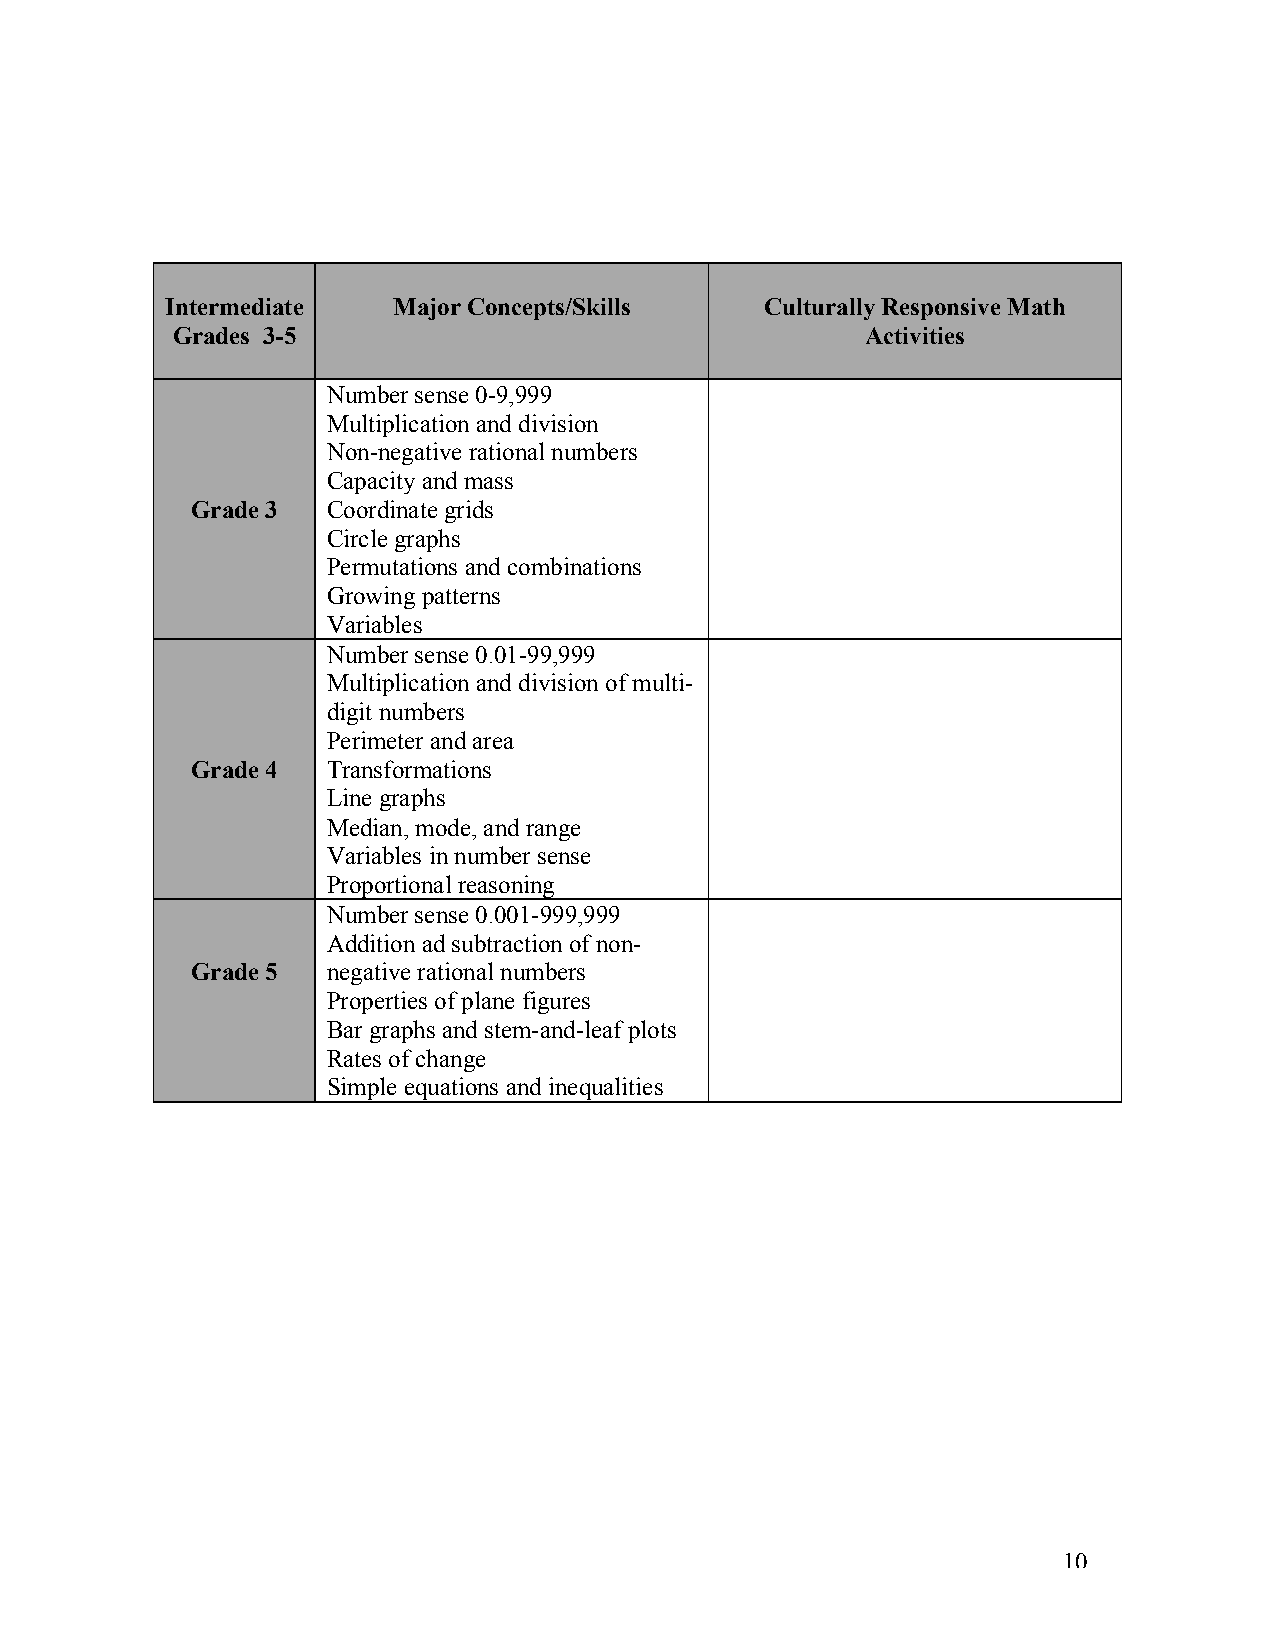
Intermediate   Major Concepts/Skills    Culturally Responsive Math
 Grades 3-5                                    Activities
 Number sense 0-9,999
 Multiplication and division
 Non-negative rational numbers
 Capacity and mass
 Grade 3  Coordinate grids
 Circle graphs
 Permutations and combinations
 Growing patterns
 Variables
 Number sense 0.01-99,999
 Multiplication and division of multi-
 digit numbers
 Perimeter and area
 Grade 4  Transformations
 Line graphs
 Median, mode, and range
 Variables in number sense
 Proportional reasoning
 Number sense 0.001-999,999
 Addition ad subtraction of non-
 Grade 5  negative rational numbers
 Properties of plane figures
 Bar graphs and stem-and-leaf plots
 Rates of change
 Simple equations and inequalities
 10